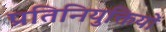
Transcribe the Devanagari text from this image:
प्रतिनियुक्तियों